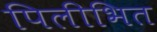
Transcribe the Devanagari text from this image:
पिलीभित